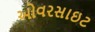
ઓવરસાઇટ